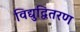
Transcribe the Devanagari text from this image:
विद्युद्वितरण